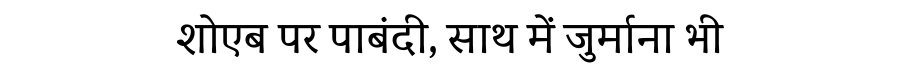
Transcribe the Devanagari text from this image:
शोएब पर पाबंदी, साथ में जुर्माना भी